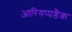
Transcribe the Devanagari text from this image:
आरियप्पडैक